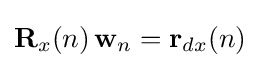
\mathbf {R} _{x}(n)\,\mathbf {w} _{n}=\mathbf {r} _{dx}(n)